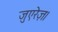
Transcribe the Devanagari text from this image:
जुएरेज़।